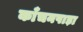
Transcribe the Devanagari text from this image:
काँचनपाड़ा